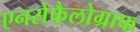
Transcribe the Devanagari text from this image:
एनसेफैलोग्राफ